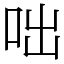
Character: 咄